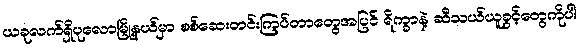
ယခုလက်ရှိပုလောမြို့နယ်မှာ စစ်ဆေးတင်းကြပ်တာတွေအပြင် ရိက္ခာနဲ့ ဆီသယ်ယူခွင့်တွေကိုပါ